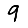
Digit: 9